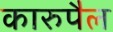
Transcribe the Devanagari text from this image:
कारुपैल